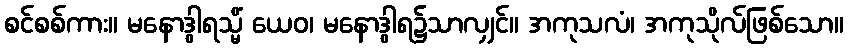
စင်စစ်ကား။ မနောဒွါရသ္မိံ ယေဝ၊ မနောဒွါရ၌သာလျှင်။ အကုသလံ၊ အကုသိုလ်ဖြစ်သော။